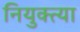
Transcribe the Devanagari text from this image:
नियुक्त्या